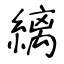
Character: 縭